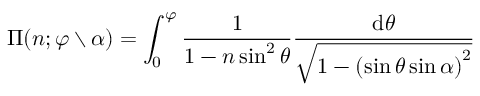
\Pi ( n ; \varphi \setminus \alpha ) = \int _ { 0 } ^ { \varphi } { \frac { 1 } { 1 - n \sin ^ { 2 } \theta } } { \frac { \mathrm { d } \theta } { \sqrt { 1 - \left( \sin \theta \sin \alpha \right) ^ { 2 } } } }